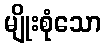
မျိုးစုံသော